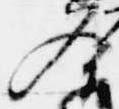
入